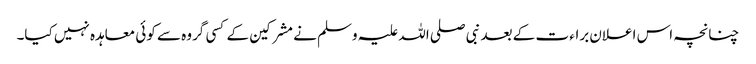
چنانچہ اس اعلان براء ت کے بعد نبی صلی اللہ علیہ وسلم نے مشرکین کے کسی گروہ سے کوئی معاہدہ نہیں کیا۔